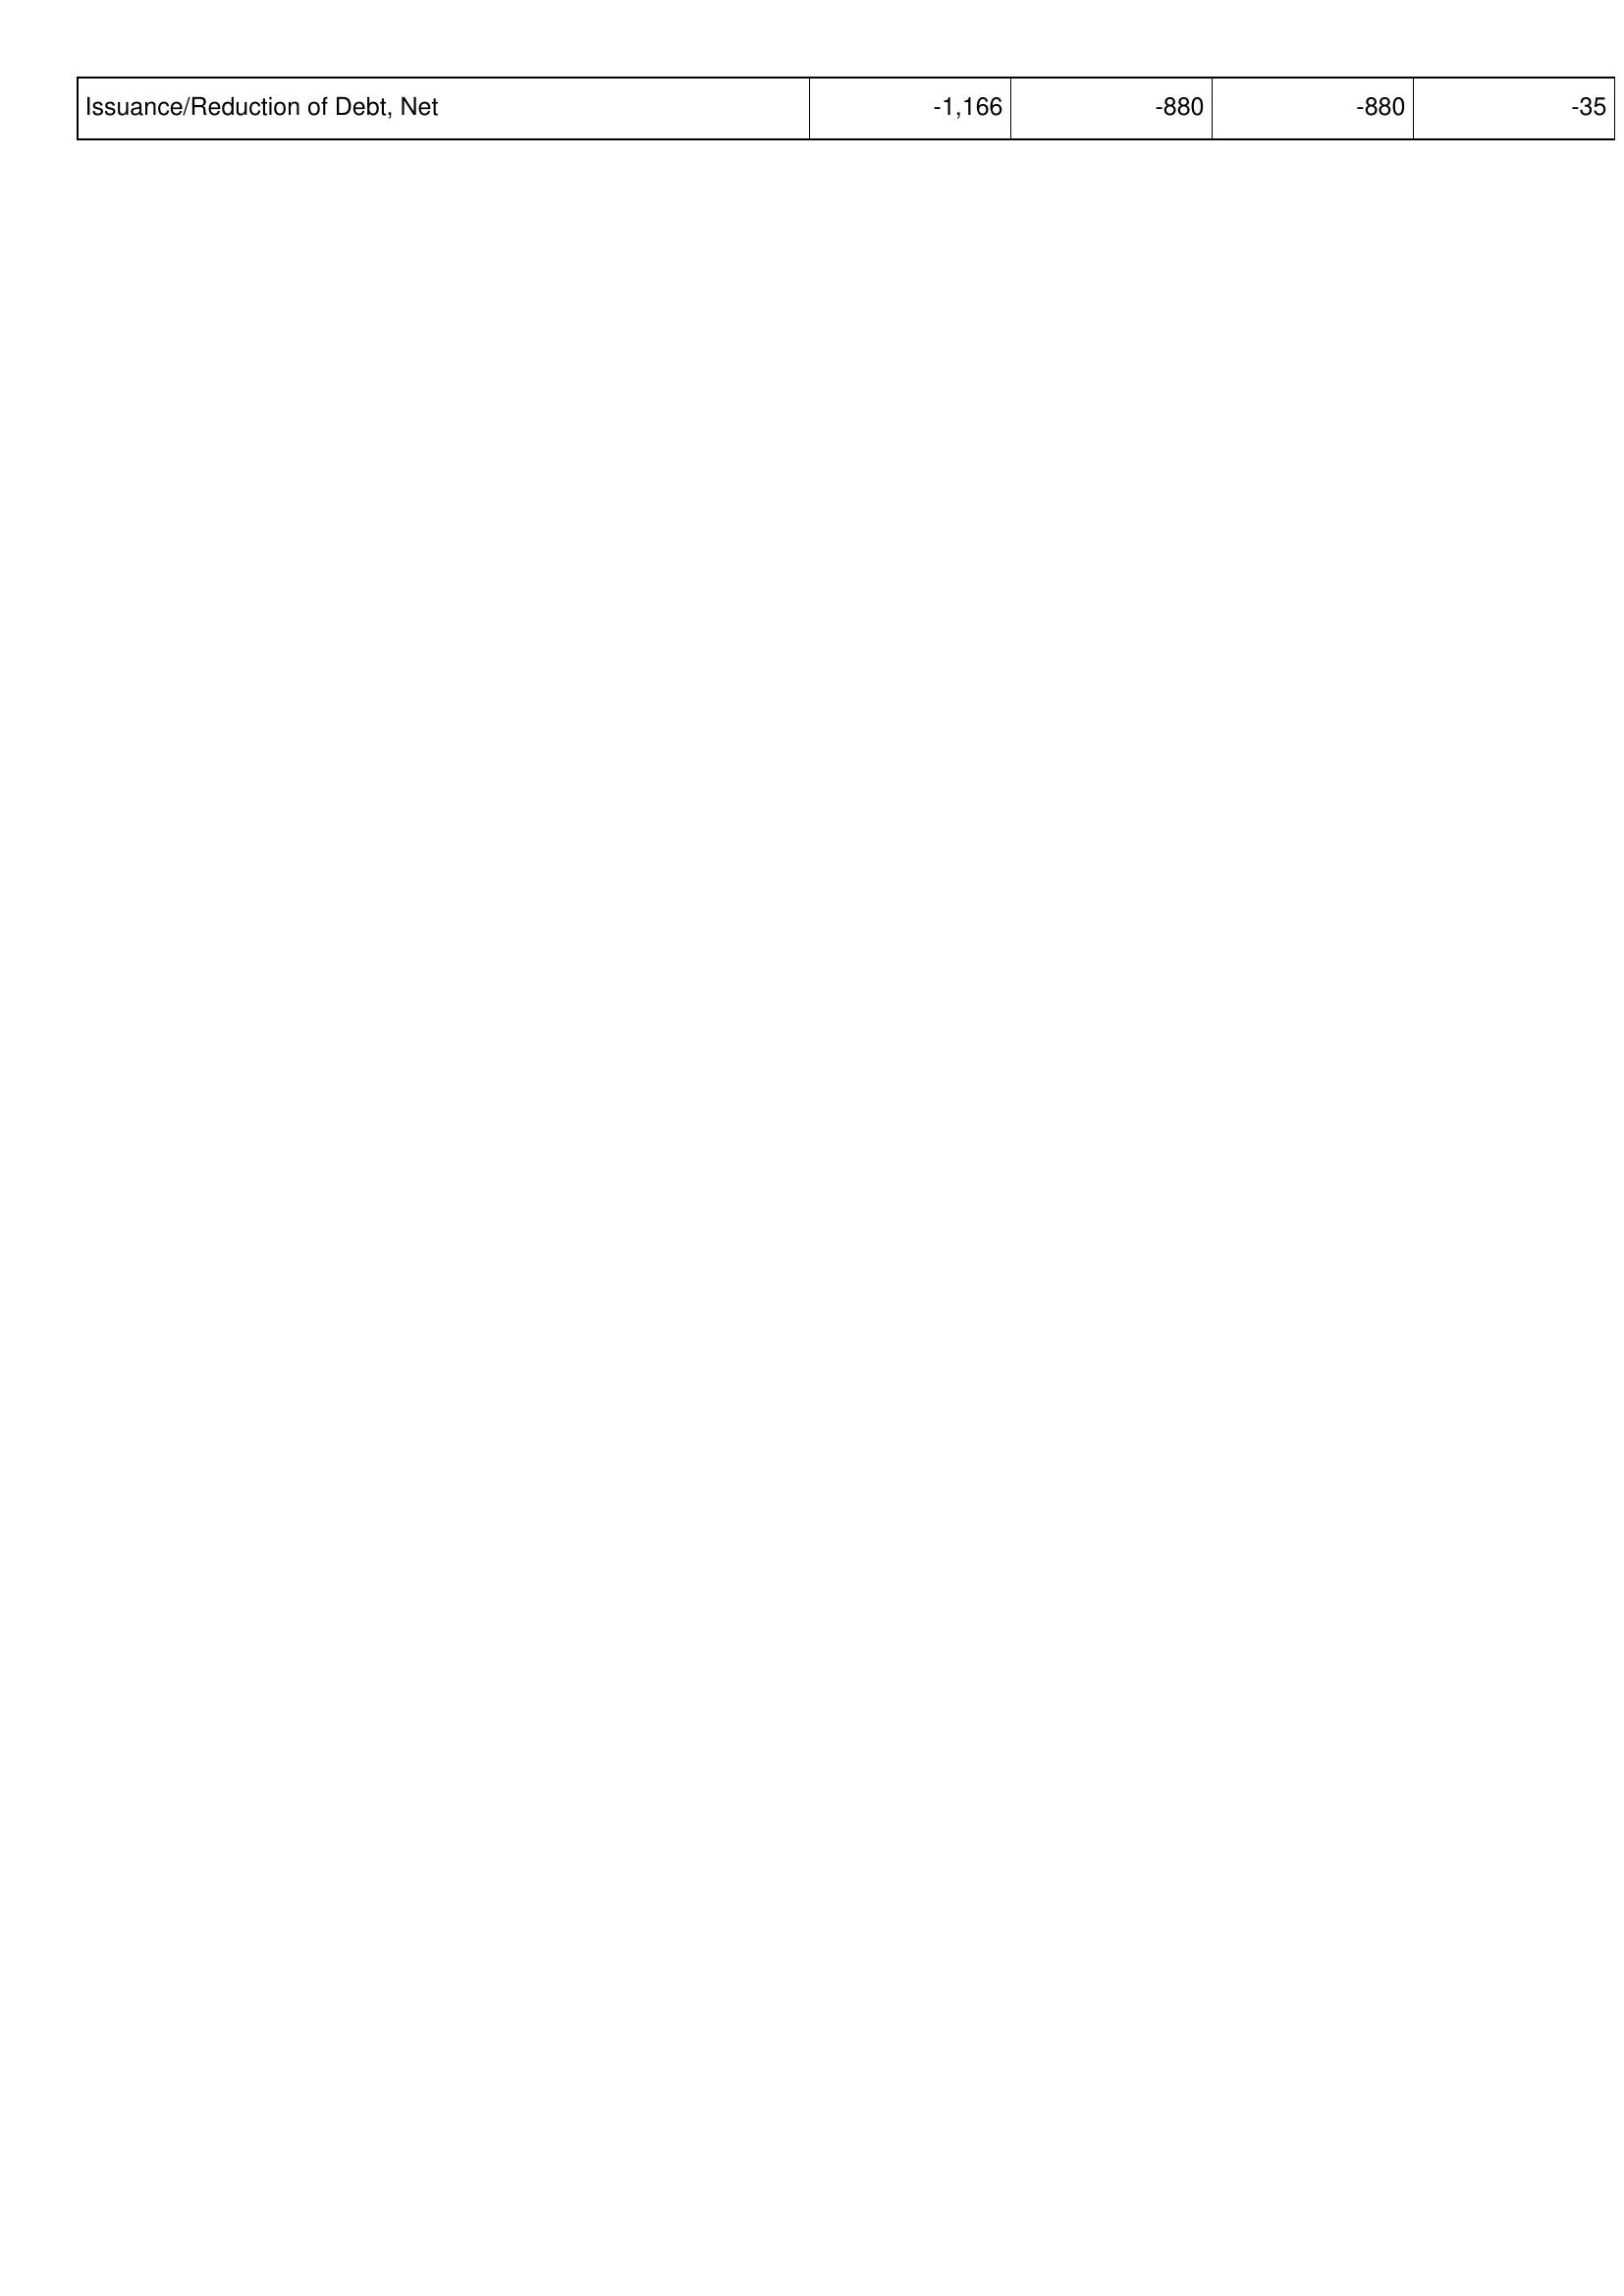
2008: Financing Activities: Issuance/Reduction of Debt, Net: -1,166
2009: Financing Activities: Issuance/Reduction of Debt, Net: -880
2010: Financing Activities: Issuance/Reduction of Debt, Net: -880
2011: Financing Activities: Issuance/Reduction of Debt, Net: -35